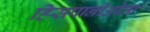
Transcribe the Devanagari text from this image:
हिसपानीओला